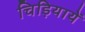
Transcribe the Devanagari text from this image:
चिड़ियायें